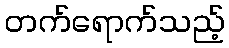
တက်ရောက်သည့်